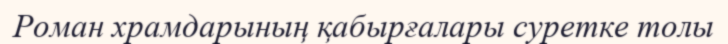
Роман храмдарының қабырғалары суретке толы